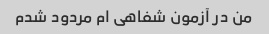
من در آزمون شفاهی ام مردود شدم